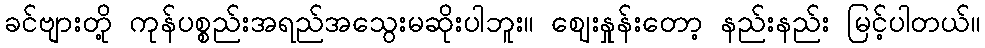
ခင်ဗျားတို့ ကုန်ပစ္စည်းအရည်အသွေးမဆိုးပါဘူး။ ဈေးနှုန်းတော့ နည်းနည်း မြင့်ပါတယ်။